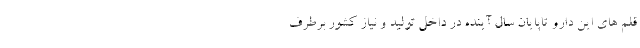
قلم های این دارو تاپایان سال آینده در داخل تولید و نیاز کشور برطرف